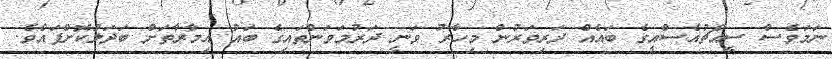
ނަމަވެސް ސީއެޗުއެސްއީގެ ބައެއް ދަރިވަރުން މިހާރު ވަނީ ދަރުމަވަންތައިގެ ބައު އިމާރާތަށް ބަދަލުކޮށްފައެވެ.